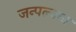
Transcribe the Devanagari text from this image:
जन्पल्यान